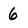
Character: 6